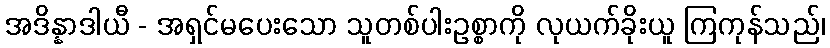
အဒိန္နာဒါယီ - အရှင်မပေးသော သူတစ်ပါးဥစ္စာကို လုယက်ခိုးယူ ကြကုန်သည်၊